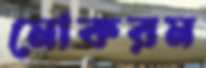
মোকরম